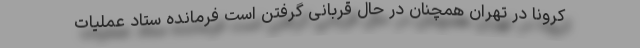
کرونا در تهران همچنان در حال قربانی گرفتن است فرمانده ستاد عملیات